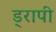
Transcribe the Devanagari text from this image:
ड्रापी